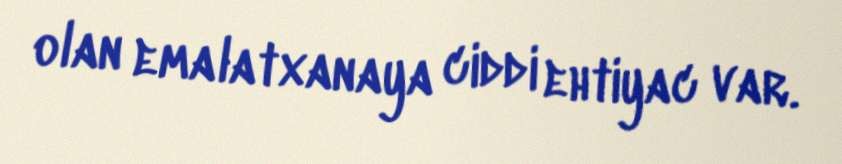
olan emalatxanaya ciddi ehtiyac var.